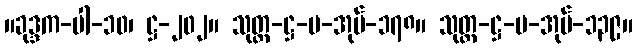
။ခုဒ္ဒက-ပါ-၁၀၊ ဋ္ဌ-၂၀၂။ သုတ္တ-ဋ္ဌ-ပ-အုပ်-၁၇၈။ သုတ္တ-ဋ္ဌ-ပ-အုပ်-၁၃၉။